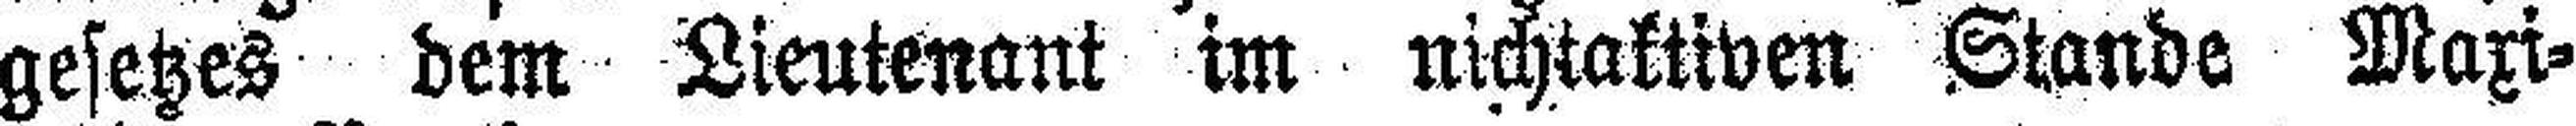
gesetzes dem Lieutenant im nichtaktiven Stande Maxi¬